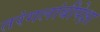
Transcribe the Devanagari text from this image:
तरंगलांबीपेक्षा